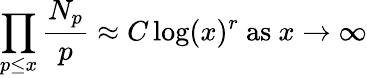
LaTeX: \prod_{p\leq x}{\frac{N_{p}}{p}}\approx C\log(x)^{r}{\mathrm{~as~}}x\rightarrow\infty